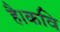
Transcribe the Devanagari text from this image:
है।कवि